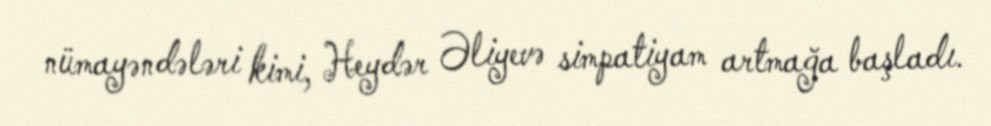
nümayəndələri kimi, Heydər Əliyevə simpatiyam artmağa başladı.